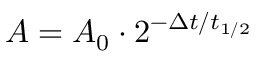
A = A _ { 0 } \cdot 2 ^ { - \Delta t / t _ { 1 / 2 } }